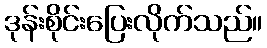
ဒုန်းစိုင်းပြေးလိုက်သည်။